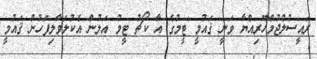
ރައީސުލްޖުމްހޫރިއްޔާ ވަނީ ޤައުމީ ޓީމުގެ އާ ކޯޗު ޓީމު އަލުން އެކުލަވާލިފަހުން ޤައުމީ